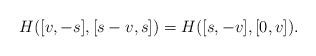
LaTeX: \begin{align*}H([v, -s], [s - v, s]) = H([s, -v], [0, v]) .\end{align*}